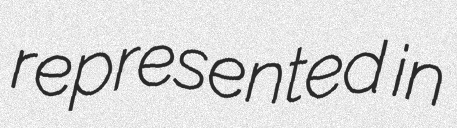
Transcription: represented in